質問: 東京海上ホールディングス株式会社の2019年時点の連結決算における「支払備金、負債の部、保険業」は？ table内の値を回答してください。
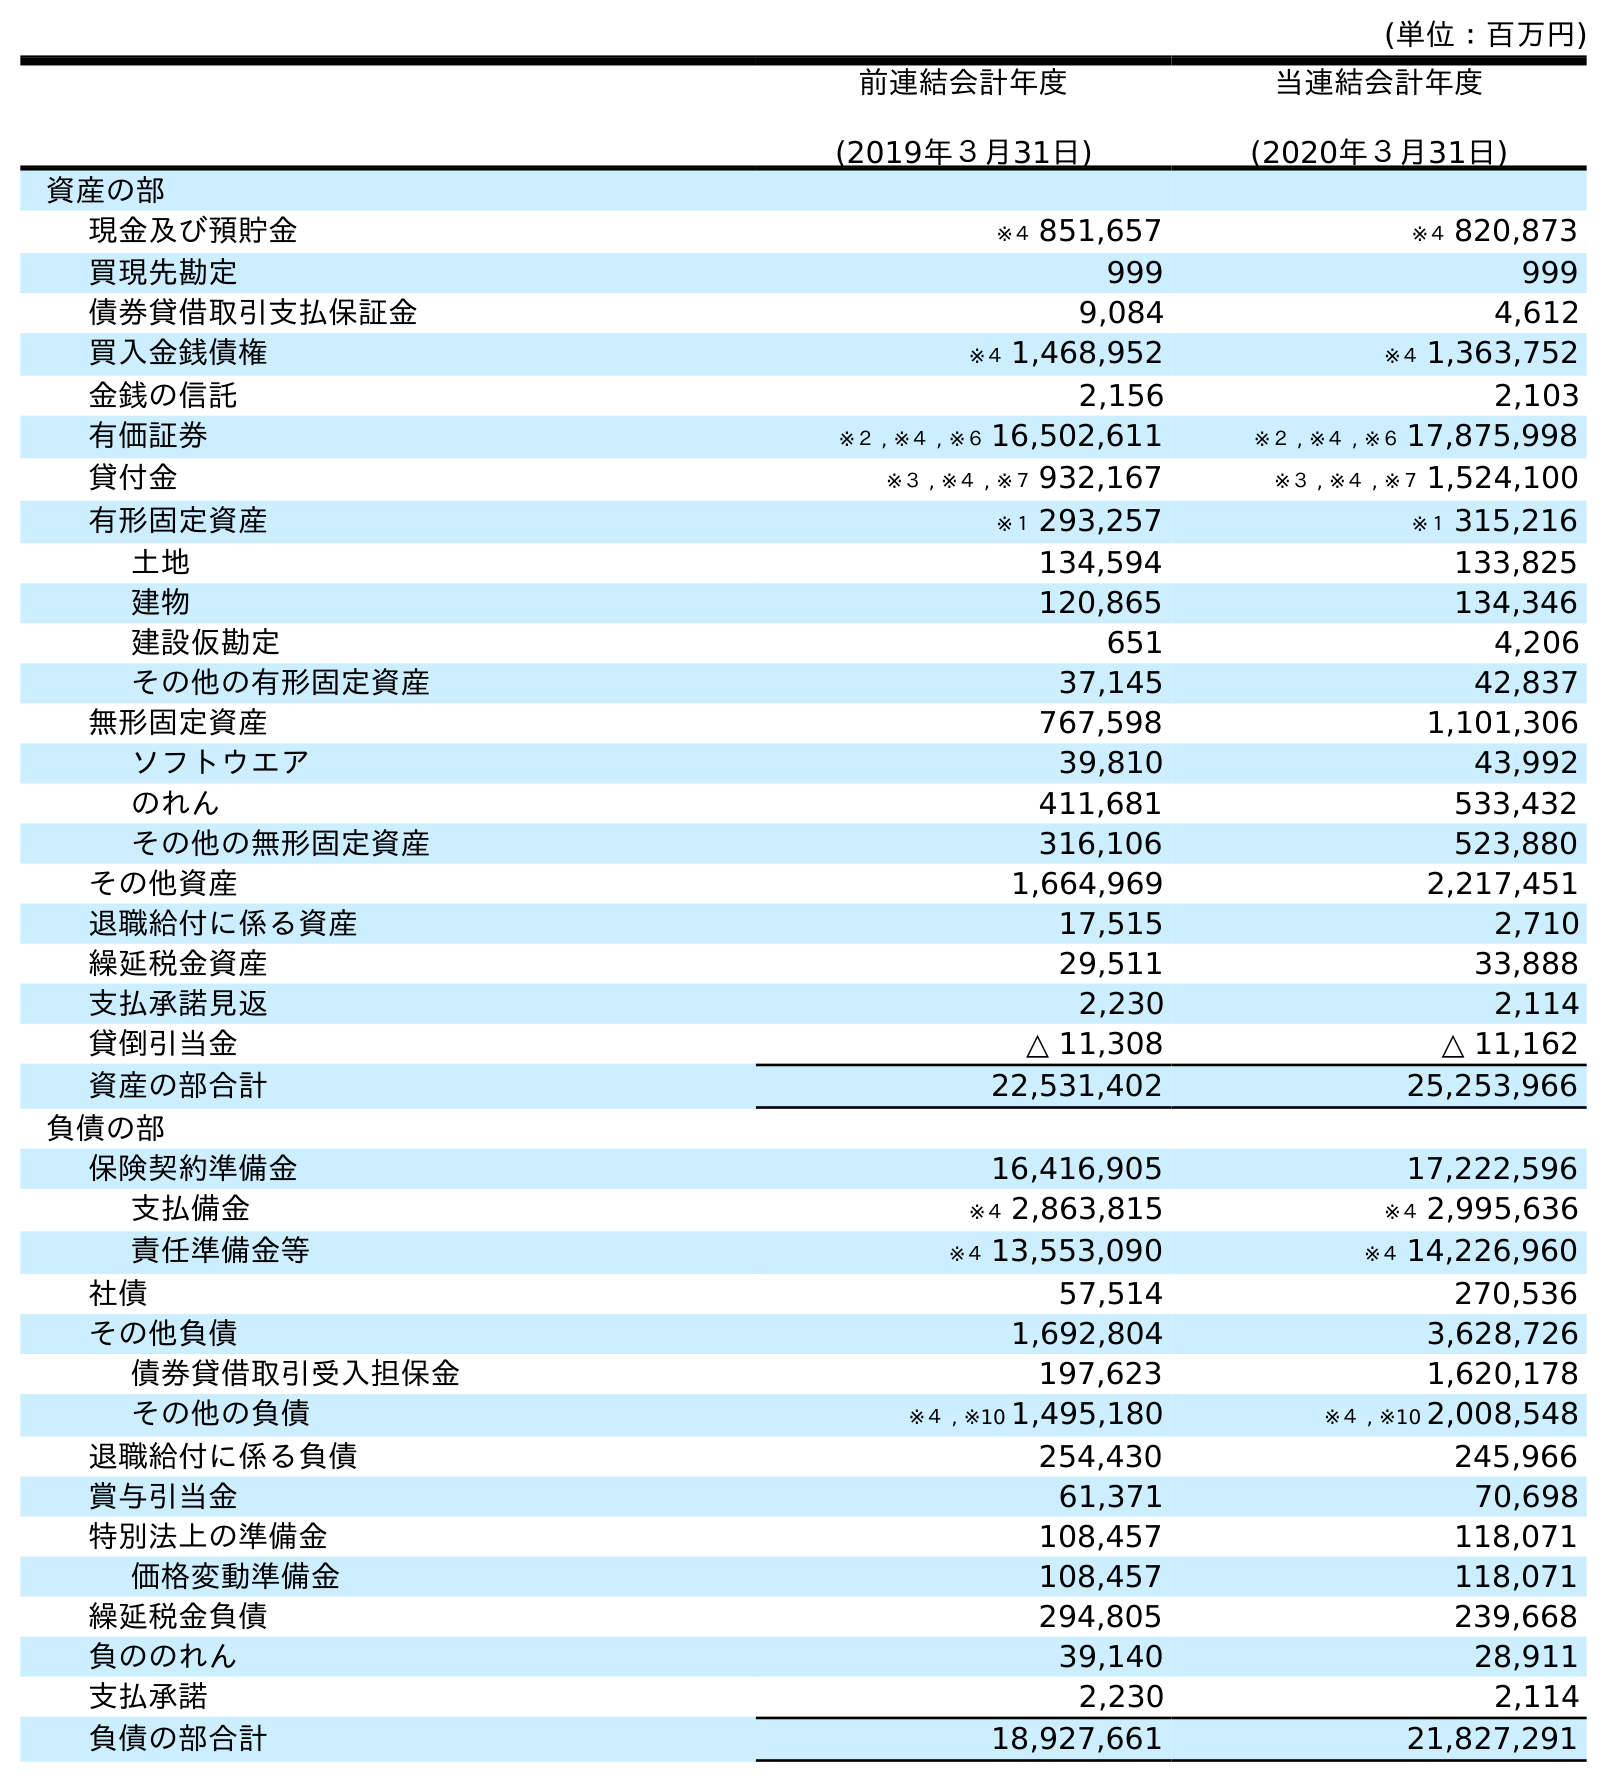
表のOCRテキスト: (単位：百万円) 前連結会計年度 (2019年３月31日) 当連結会計年度 (2020年３月31日) 資産の部 現金及び預貯金 ※４ 851,657 ※４ 820,873 買現先勘定 999 999 債券貸借取引支払保証金 9,084 4,612 買入金銭債権 ※４ 1,468,952 ※４ 1,363,752 金銭の信託 2,156 2,103 有価証券 ※２ , ※４ , ※６ 16,502,611 ※２ , ※４ , ※６ 17,875,998 貸付金 ※３ , ※４ , ※７ 932,167 ※３ , ※４ , ※７ 1,524,100 有形固定資産 ※１ 293,257 ※１ 315,216 土地 134,594 133,825 建物 120,865 134,346 建設仮勘定 651 4,206 その他の有形固定資産 37,145 42,837 無形固定資産 767,598 1,101,306 ソフトウエア 39,810 43,992 のれん 411,681 533,432 その他の無形固定資産 316,106 523,880 その他資産 1,664,969 2,217,451 退職給付に係る資産 17,515 2,710 繰延税金資産 29,511 33,888 支払承諾見返 2,230 2,114 貸倒引当金 △ 11,308 △ 11,162 資産の部合計 22,531,402 25,253,966 負債の部 保険契約準備金 16,416,905 17,222,596 支払備金 ※４ 2,863,815 ※４ 2,995,636 責任準備金等 ※４ 13,553,090 ※４ 14,226,960 社債 57,514 270,536 その他負債 1,692,804 3,628,726 債券貸借取引受入担保金 197,623 1,620,178 その他の負債 ※４ , ※10 1,495,180 ※４ , ※10 2,008,548 退職給付に係る負債 254,430 245,966 賞与引当金 61,371 70,698 特別法上の準備金 108,457 118,071 価格変動準備金 108,457 118,071 繰延税金負債 294,805 239,668 負ののれん 39,140 28,911 支払承諾 2,230 2,114 負債の部合計 18,927,661 21,827,291
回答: ※４2,863,815